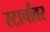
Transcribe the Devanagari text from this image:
स्टार्चावर